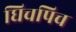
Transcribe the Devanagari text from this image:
घिचपिच